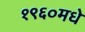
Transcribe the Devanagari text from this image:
१९६०मधे